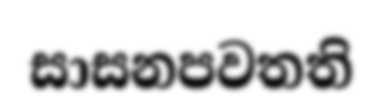
සාසනපවතති